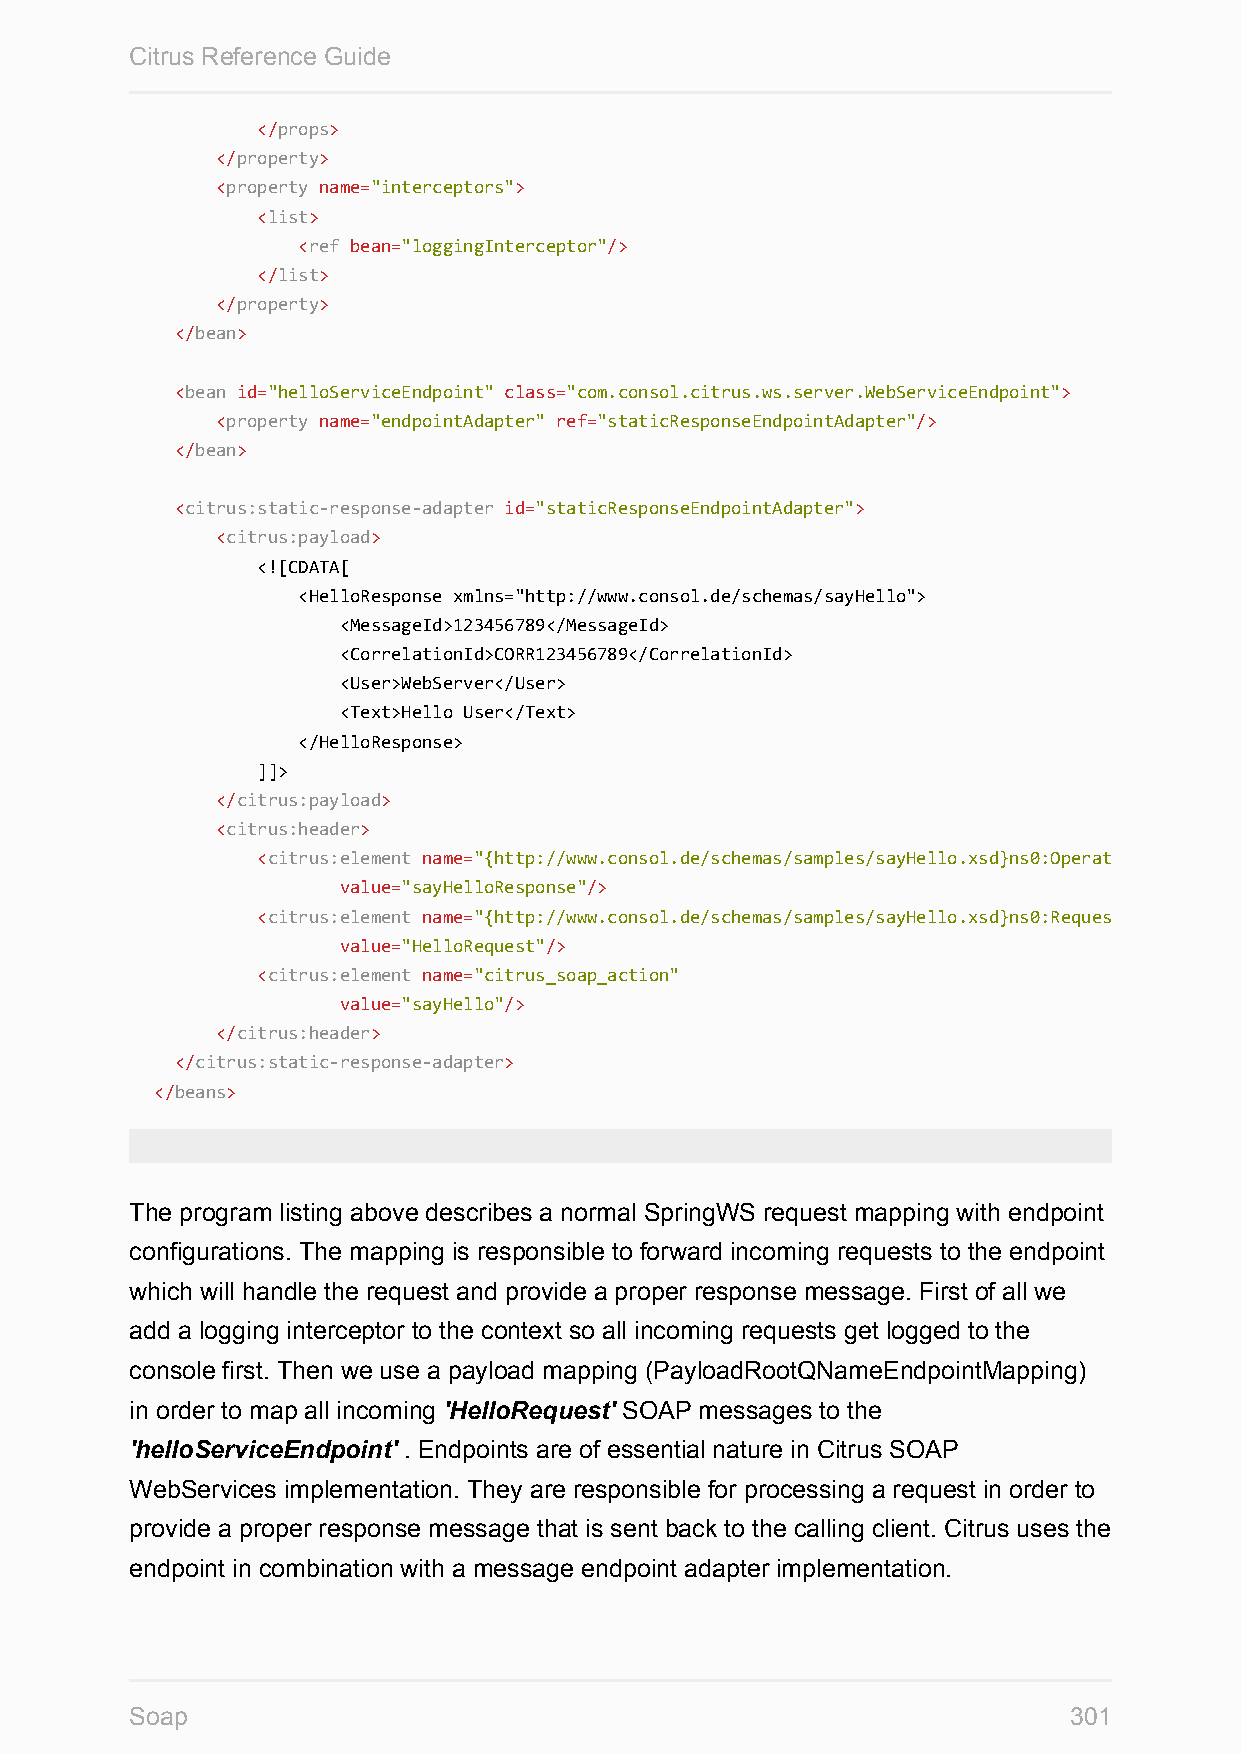
Citrus Reference Guide
 </props>
 </property>
 <property name="interceptors">
 <list>
 <ref bean="loggingInterceptor"/>
 </list>
 </property>
 </bean>
 <bean id="helloServiceEndpoint" class="com.consol.citrus.ws.server.WebServiceEndpoint">
 <property name="endpointAdapter" ref="staticResponseEndpointAdapter"/>
 </bean>
 <citrus:static-response-adapter id="staticResponseEndpointAdapter">
 <citrus:payload>
 <![CDATA[
 <HelloResponse xmlns="http://www.consol.de/schemas/sayHello">
 <MessageId>123456789</MessageId>
 <CorrelationId>CORR123456789</CorrelationId>
 <User>WebServer</User>
 <Text>Hello User</Text>
 </HelloResponse>
 ]]>
 </citrus:payload>
 <citrus:header>
 <citrus:element name="{http://www.consol.de/schemas/samples/sayHello.xsd}ns0:Operation"
 value="sayHelloResponse"/>
 <citrus:element name="{http://www.consol.de/schemas/samples/sayHello.xsd}ns0:Request"
 value="HelloRequest"/>
 <citrus:element name="citrus_soap_action"
 value="sayHello"/>
 </citrus:header>
 </citrus:static-response-adapter>
 </beans>
 The program listing above describes a normal SpringWS request mapping with endpoint
 configurations. The mapping is responsible to forward incoming requests to the endpoint
 which will handle the request and provide a proper response message. First of all we
 add a logging interceptor to the context so all incoming requests get logged to the
 console first. Then we use a payload mapping (PayloadRootQNameEndpointMapping)
 in order to map all incoming 'HelloRequest' SOAP messages to the
 'helloServiceEndpoint' . Endpoints are of essential nature in Citrus SOAP
 WebServices implementation. They are responsible for processing a request in order to
 provide a proper response message that is sent back to the calling client. Citrus uses the
 endpoint in combination with a message endpoint adapter implementation.
 Soap                                                          301